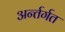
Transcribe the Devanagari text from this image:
अर्न्तर्गत